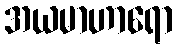
အယမာဟာရော